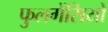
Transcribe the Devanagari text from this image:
फुलगेंसियो